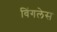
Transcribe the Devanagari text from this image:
विंगलेस